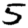
Digit: 5